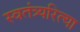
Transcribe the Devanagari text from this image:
स्वतंत्र्यरित्या